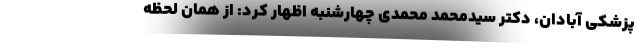
پزشکی آبادان، دکتر سیدمحمد محمدی چهارشنبه اظهار کرد: از همان لحظه